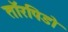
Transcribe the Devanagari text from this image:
तॉरपिडो